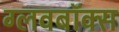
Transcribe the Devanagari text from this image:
ग्लवबॉक्स